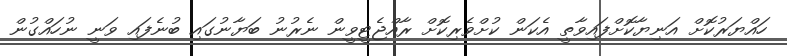
ހައްޔަރުކޮށް އަނިޔާކޮށްފައިވާތީ އެކަން ކުށްވެރިކޮށް ރާއްޖެޓީވީން ނެރުނު ބަޔާނުގައި ބުނެފައި ވަނީ ނުހައްގުން